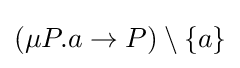
(\mu P.a\to P)\setminus \{a\}